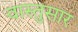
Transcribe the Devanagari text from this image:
वास्तुसार